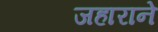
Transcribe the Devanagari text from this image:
जहाराने